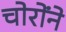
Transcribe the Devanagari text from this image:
चोरोंने